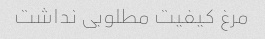
مرغ کیفیت مطلوبی نداشت